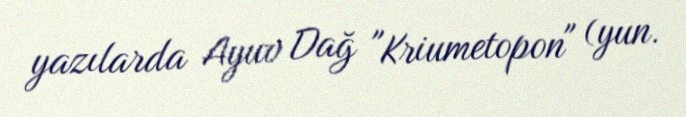
yazılarda Ayuv Dağ "Kriumetopon" (yun.